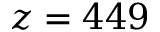
z = 4 4 9